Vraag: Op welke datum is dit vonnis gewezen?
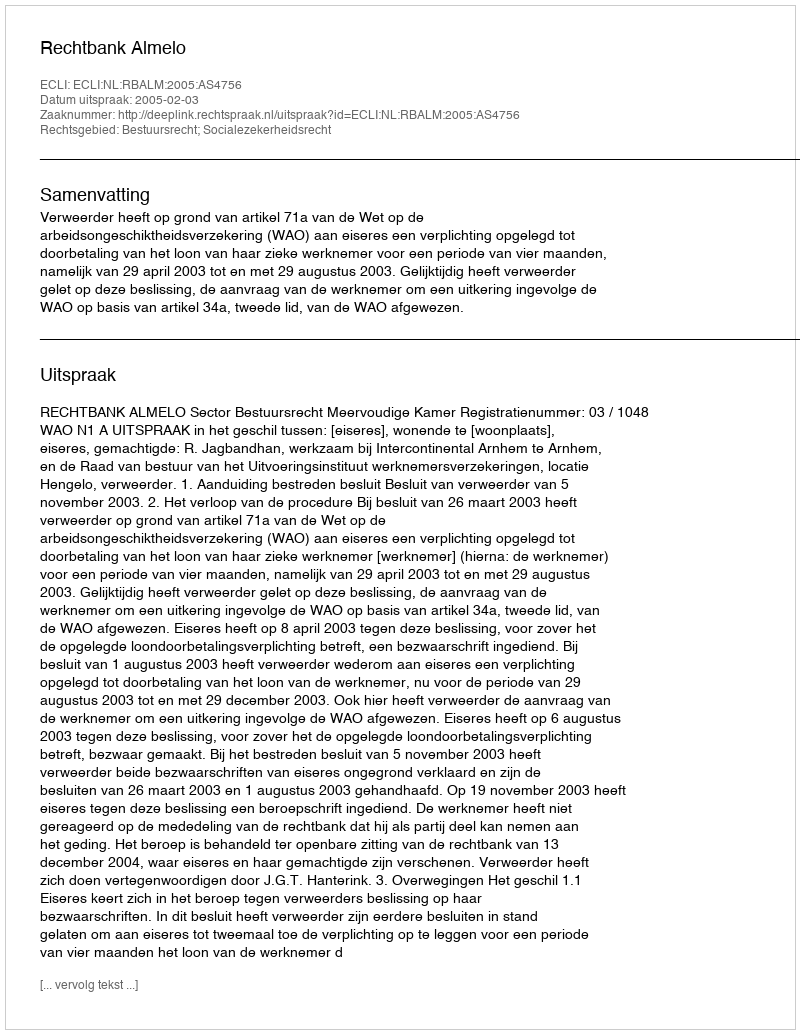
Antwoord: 2005-02-03